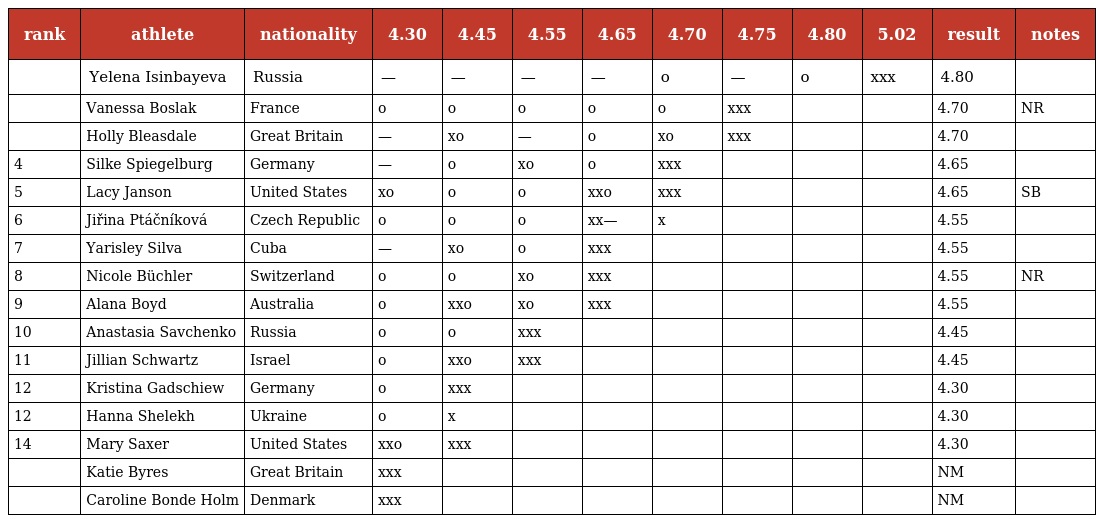
| rank | athlete | nationality | 4.30 | 4.45 | 4.55 | 4.65 | 4.70 | 4.75 | 4.80 | 5.02 | result | notes |
 | --- | --- | --- | --- | --- | --- | --- | --- | --- | --- | --- | --- | --- |
 |  | Yelena Isinbayeva | Russia | — | — | — | — | o | — | o | xxx | 4.80 |  |
 |  | Vanessa Boslak | France | o | o | o | o | o | xxx |  |  | 4.70 | NR |
 |  | Holly Bleasdale | Great Britain | — | xo | — | o | xo | xxx |  |  | 4.70 |  |
 | 4 | Silke Spiegelburg | Germany | — | o | xo | o | xxx |  |  |  | 4.65 |  |
 | 5 | Lacy Janson | United States | xo | o | o | xxo | xxx |  |  |  | 4.65 | SB |
 | 6 | Jiřina Ptáčníková | Czech Republic | o | o | o | xx— | x |  |  |  | 4.55 |  |
 | 7 | Yarisley Silva | Cuba | — | xo | o | xxx |  |  |  |  | 4.55 |  |
 | 8 | Nicole Büchler | Switzerland | o | o | xo | xxx |  |  |  |  | 4.55 | NR |
 | 9 | Alana Boyd | Australia | o | xxo | xo | xxx |  |  |  |  | 4.55 |  |
 | 10 | Anastasia Savchenko | Russia | o | o | xxx |  |  |  |  |  | 4.45 |  |
 | 11 | Jillian Schwartz | Israel | o | xxo | xxx |  |  |  |  |  | 4.45 |  |
 | 12 | Kristina Gadschiew | Germany | o | xxx |  |  |  |  |  |  | 4.30 |  |
 | 12 | Hanna Shelekh | Ukraine | o | x |  |  |  |  |  |  | 4.30 |  |
 | 14 | Mary Saxer | United States | xxo | xxx |  |  |  |  |  |  | 4.30 |  |
 |  | Katie Byres | Great Britain | xxx |  |  |  |  |  |  |  | NM |  |
 |  | Caroline Bonde Holm | Denmark | xxx |  |  |  |  |  |  |  | NM |  |